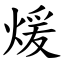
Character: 煖